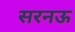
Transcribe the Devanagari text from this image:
सरनऊ